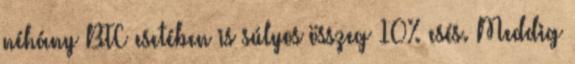
néhány BTC esetében is súlyos összeg 10% esés. Meddig